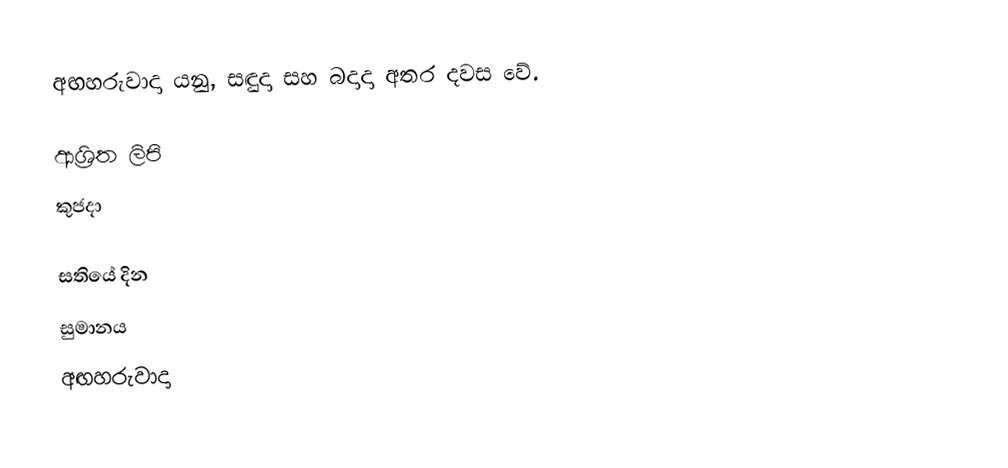
අඟහරුවාදා යනු, සඳුදා සහ බදාදා අතර දවස වේ.

ආශ්‍රිත ලිපි
 කුජදා

සතියේ දින
සුමානය
අඟහරුවාදා